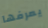
يعرفها